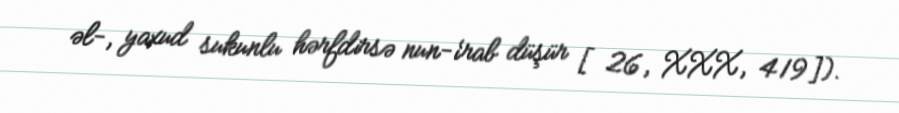
əl-, yaxud sukunlu hərfdirsə nun-i‘rab düşür [26, XXX, 419]).